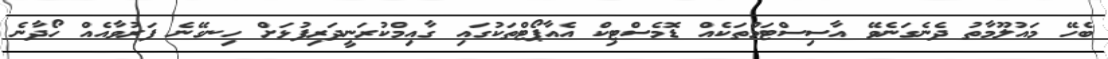
ބެހޭ މައުލޫމާތު ދެނެގަނެވޭ އާސިސްޓަމްތަކެއް ޑޮމެސްޓިކް އެއާޕޯޓްތަކުގައި ގާއިމްކުރަނީދަރިފުޅަށް ހިނގޭނެ ފަރުވާއެއް ހޯދާނެ